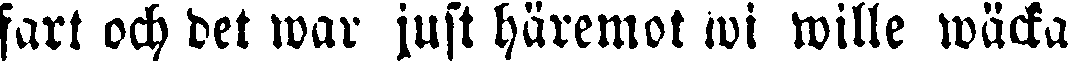
fart och det war just häremot wi wille wäcka